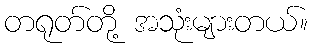
တရုတ်တို့ အသုံးများတယ်။